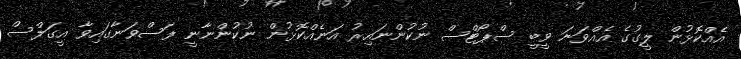
އެއްކޮޅުން ލީގުގެ އެއްވަނަ ވީބީ ސްޕޯޓްސް ނުކުންނައިރު އަނެއްކޮޅުން ނުކުންނާނީ ފަސްވަނާގައިވާ އީގަލްސް